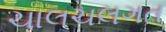
ચાલચલગત